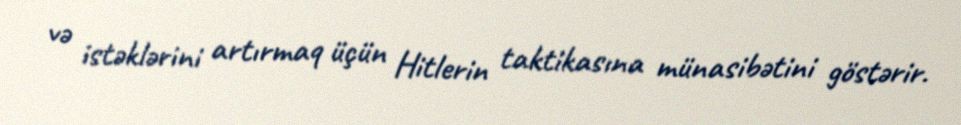
və istəklərini artırmaq üçün Hitlerin taktikasına münasibətini göstərir.